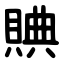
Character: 賟